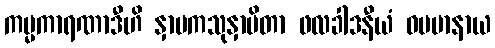
ကမ္မကာရဏာဒီဟိ နှာပကသုနှာပိတာ ဖလခါဒနီယံ ဓမမာနာယ